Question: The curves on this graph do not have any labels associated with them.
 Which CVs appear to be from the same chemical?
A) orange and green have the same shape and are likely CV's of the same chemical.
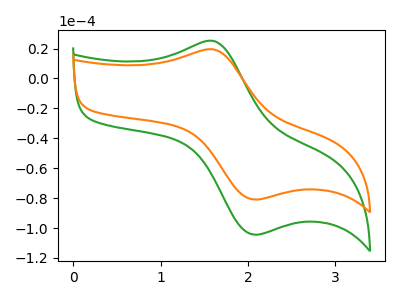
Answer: <think>The green curve "green" has an anodic peak at (1.60V, 25.00uA) and a cathodic peak at (2.10V, -104.45uA). The orange curve "orange" has an anodic peak at (1.60V, 19.35uA) and a cathodic peak at (2.10V, -80.95uA).
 All the peaks in "green" have a peak in "orange" at the same potential. Every peak in "green" is higher than every peak in "orange".</think>
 <answer>A) "orange" and "green" have the same shape and are likely CV's of the same chemical.</answer>
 <eval>A</eval>